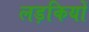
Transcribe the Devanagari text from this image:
लड़कियों